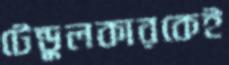
টেন্ডুলকারকেই